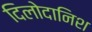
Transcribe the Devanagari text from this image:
दिलोदानिश